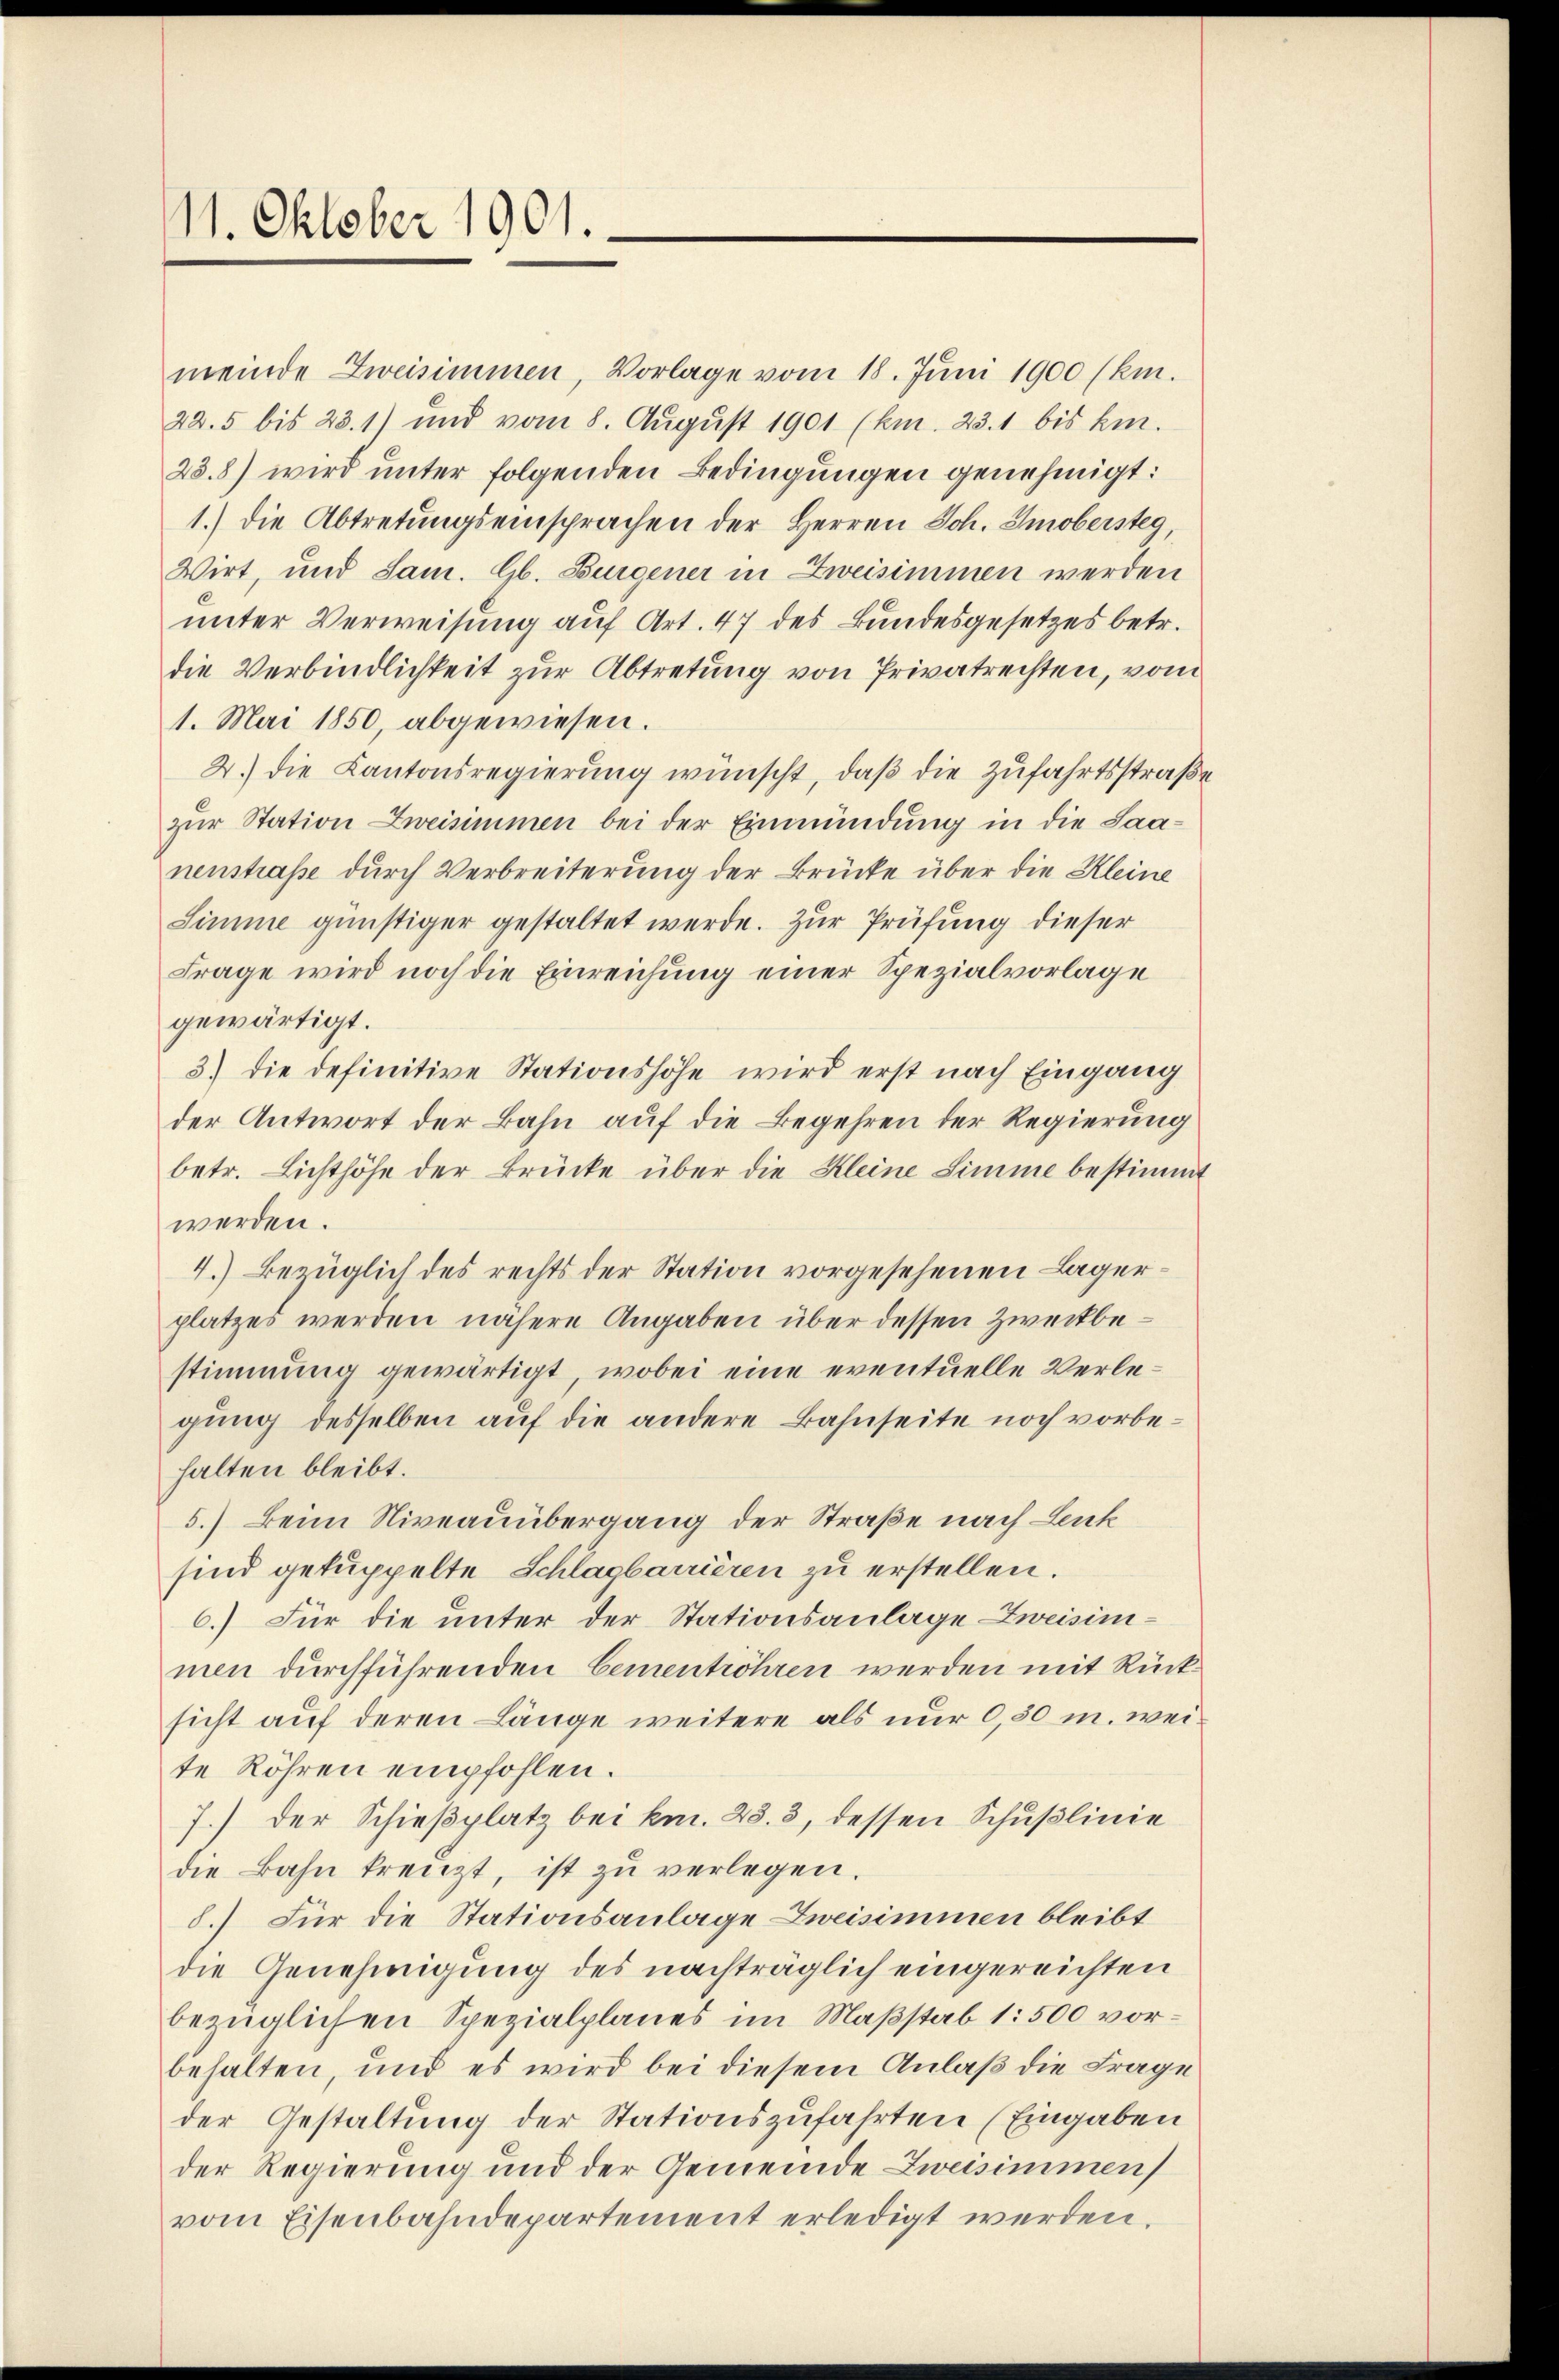
11. Oktober 1901.

meinde Zweisimmen, Vorlage vom 18. Juni 1900 (km.
225 bis 23. 1) und vom 8. Aŭgŭst 1901 (km. 23. 1 bis hin.
23.8) wird unter folgenden Bedingungen genehmigt:
1.) Die Abtretungseinsprachen der Herren Joh. Smobersteg,
Wirt, und Sam. Gb. Burgener in Zweisimmen werden
unter Verweisung auf Art. 47 des Bundesgesetzes betr.
die Verbindlichkeit zur Abtretung von Privatrechten, vom
1. Mai 1850, abgewiesen.
2.) Die Kantonsregierung wünscht, daß die Zufahrtsstraße
zur Station Zweisimmen bei der Einmündung in die Saanenstraße durch Verbreiterung der Brücke über die Kleine
Simme günstiger gestaltet werde. Zur Prüfung dieser
Frage wird noch die Einreichung einer Spezialvorlage
gewärtigt.
3) die definitive Stationshöhe wird erst nach Eingang
der Antwort der Bahn auf die Begehren der Regierung
betr. Lichthöhe der Brücke über die Kleine Simme bestimmt
werden.
4.) Bezüglich des rechts der Station vorgesehenen Lagerplatzes werden nähere Angaben über dessen Zweckbestimmung gewärtigt, wobei eine eventuelle Verlegung desselben auf die andere Bahnseite noch vorbehalten bleibt.
5.) Beim Niveauübergang der Straße nach Lenk
sind gekuppelte Schlagbarrieren zu erstellen.
6.) Für die unter der Stationsanlage Zweisinmen durchführenden Cementröhren werden mit Rücksicht auf deren Länge weitere als nur 0,30 m. weite Röhren empfohlen.
7.) Der Schießplatz bei km. 28. 3, dessen Schußlinie
die Bahn kreuzt, ist zu verlegen.
8.) Für die Stationsanlage Zweisimmen bleibt
die Genehmigung des nachträglich eingereichten
bezüglichen Spezialplanes im Maßstab 1: 500 vorbehalten, und es wird bei diesem Anlaß die Frage
der Gestaltung der Stationszufahrten (Eingaben
der Regierung und der Gemeinde Zweisimmen
vom Eisenbahndepartement erledigt werden.